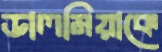
ডালমিয়াকে